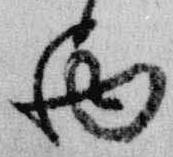
面